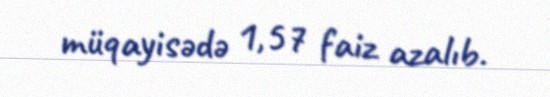
müqayisədə 1,57 faiz azalıb.